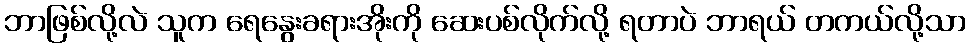
ဘာဖြစ်လို့လဲ သူက ရေနွေးခရားအိုးကို ဆေးပစ်လိုက်လို့ ရတာပဲ ဘာရယ် တကယ်လို့သာ